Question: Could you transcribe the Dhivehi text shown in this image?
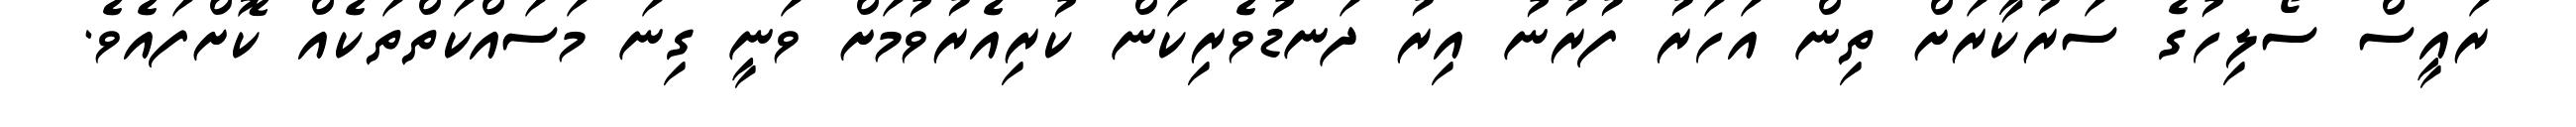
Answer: ރައީސް ސޯލިހުގެ ސަރުކާރަށް ތިން އަހަރު ފުރުނު އިރު ދަނޑުވެރިކަން ކުރިއެރުވުމަށް ވަނީ ގިނަ މަސައްކަތްތަކެއް ކޮށްފައެވެ.